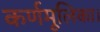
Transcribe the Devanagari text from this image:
कर्णमूलिका।